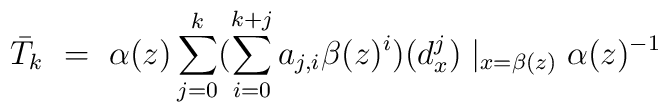
\bar{T}_k\  = \ \alpha (z) \sum_{j=0}^{k}  (\sum_{i=0}^{k+j} a_{j,i} \beta(z)^i )(d^j_x)\mid_{x = \beta (z)}\alpha (z) ^{-1}